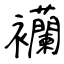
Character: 襽